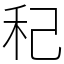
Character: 䄫